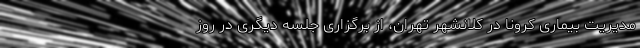
مدیریت بیماری کرونا در کلانشهر تهران، از برگزاری جلسه دیگری در روز